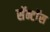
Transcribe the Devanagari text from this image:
सॅन्टाॅस